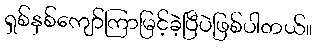
ရှစ်နှစ်ကျော်ကြာမြင့်ခဲ့ပြီပဲဖြစ်ပါတယ်။